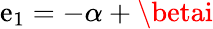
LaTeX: \mathrm{e}_{1}=-\alpha+\betai